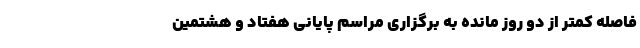
فاصله کمتر از دو روز مانده به برگزاری مراسم پایانی هفتاد و هشتمین